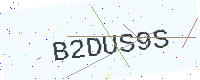
Text: B2DUS9S